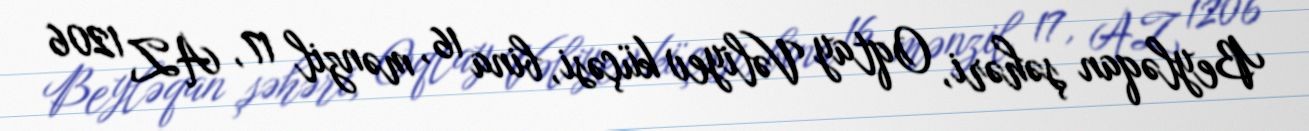
Beyləqan şəhəri, Oqtay Vəliyev küçəsi, bina 16, mənzil 17, AZ 1206